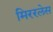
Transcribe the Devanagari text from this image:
मिररलेस